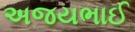
અજયભાઈ